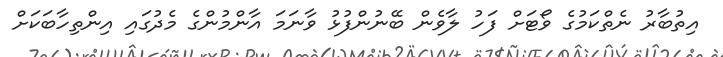
އިތުބާރު ނެތްކަމުގެ ވޯޓަށް ފަހު ލާވެން ބޭނުންފުޅު ވާނަމަ އާންމުންގެ މެދުގައި އިންތިހާބަކަށް